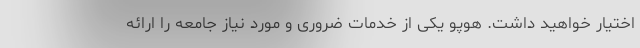
اختیار خواهید داشت. هوپو یکی از خدمات ضروری و مورد نیاز جامعه را ارائه